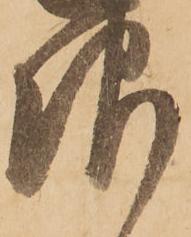
報